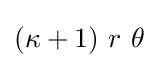
(\kappa +1)~r~\theta